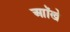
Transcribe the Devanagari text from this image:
आॉखे